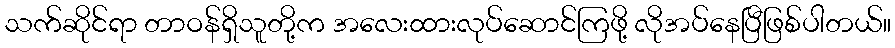
သက်ဆိုင်ရာ တာဝန်ရှိသူတို့က အလေးထားလုပ်ဆောင်ကြဖို့ လိုအပ်နေပြီဖြစ်ပါတယ်။